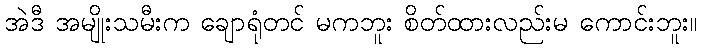
အဲဒီ အမျိုးသမီးက ချောရုံတင် မကဘူး စိတ်ထားလည်းမ ကောင်းဘူး။